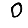
Digit: 0